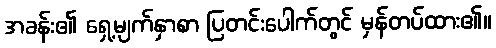
အခန်း၏ ရှေ့မျက်နှာစာ ပြတင်းပေါက်တွင် မှန်တပ်ထား၏။